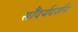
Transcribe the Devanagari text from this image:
सौंदर्यदर्शन